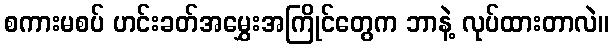
စကားမစပ် ဟင်းခတ်အမွှေးအကြိုင်တွေက ဘာနဲ့ လုပ်ထားတာလဲ။